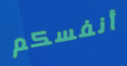
أنفسكم